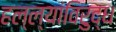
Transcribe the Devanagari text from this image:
हल्ल्यांविरुद्ध